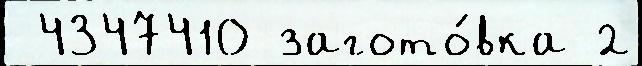
 4347410 загото́вка 2